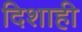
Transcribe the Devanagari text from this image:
दिशाही